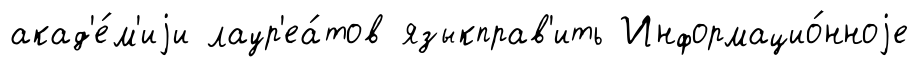
акад'е́м'иjи лаур'еа́тов языкправ'ить Информацио́нноjе